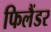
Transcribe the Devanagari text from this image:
फिलैंडर